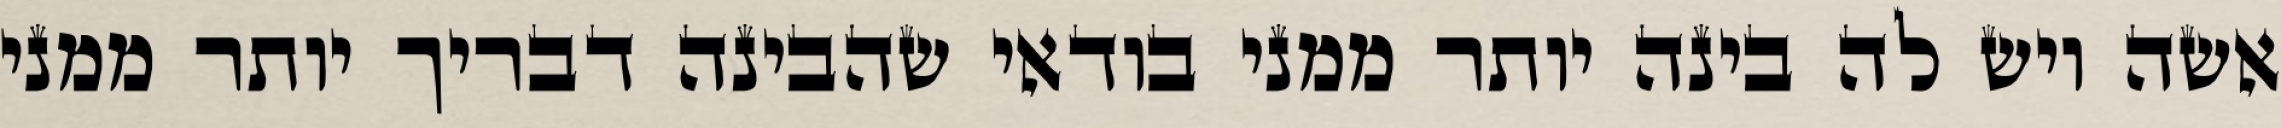
אשה ויש לה בינה יותר ממני בודאי שהבינה דבריך יותר ממני